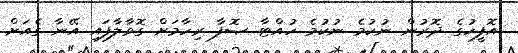
އޮފީހުގެ ދޮރުން ނުކުމެ ނުކުމެ ހުއްޓާ ޞޮފާ ރިހާމަށް ގޮވާލާފައި އޭނާ ގެއަށް